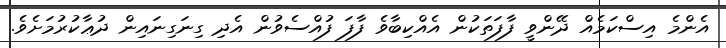
އެންމެ އިސްކަމެއް ދޭންވީ ފާފަތަކުން އެއްކިބާވެ ފާފަ ފުއްސެވުން އެދި ގިނަގިނައިން ދުޢާކުރުމަށެވެ.